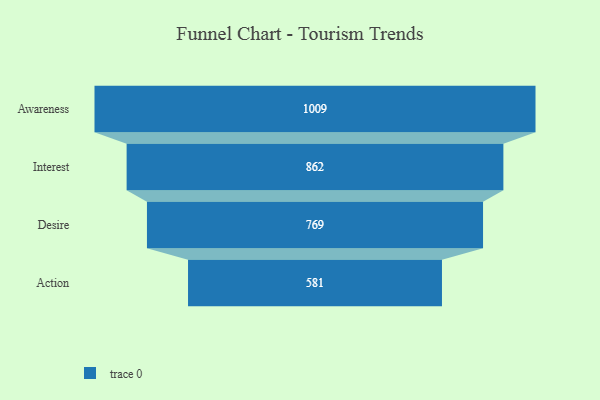
{"axis": {"x": "Stage", "y": "Value"}, "legend": [""], "data": [{"x": "Awareness", "y": 1009.0, "type": ""}, {"x": "Interest", "y": 862.0, "type": ""}, {"x": "Desire", "y": 769.0, "type": ""}, {"x": "Action", "y": 581.0, "type": ""}]}